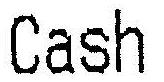
CASH